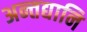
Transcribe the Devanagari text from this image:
अन्तद्यानि